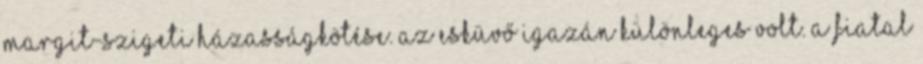
Margit-szigeti házasságkötése. Az esküvő igazán különleges volt. A fiatal